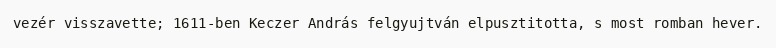
vezér visszavette; 1611-ben Keczer András felgyujtván elpusztitotta, s most romban hever.